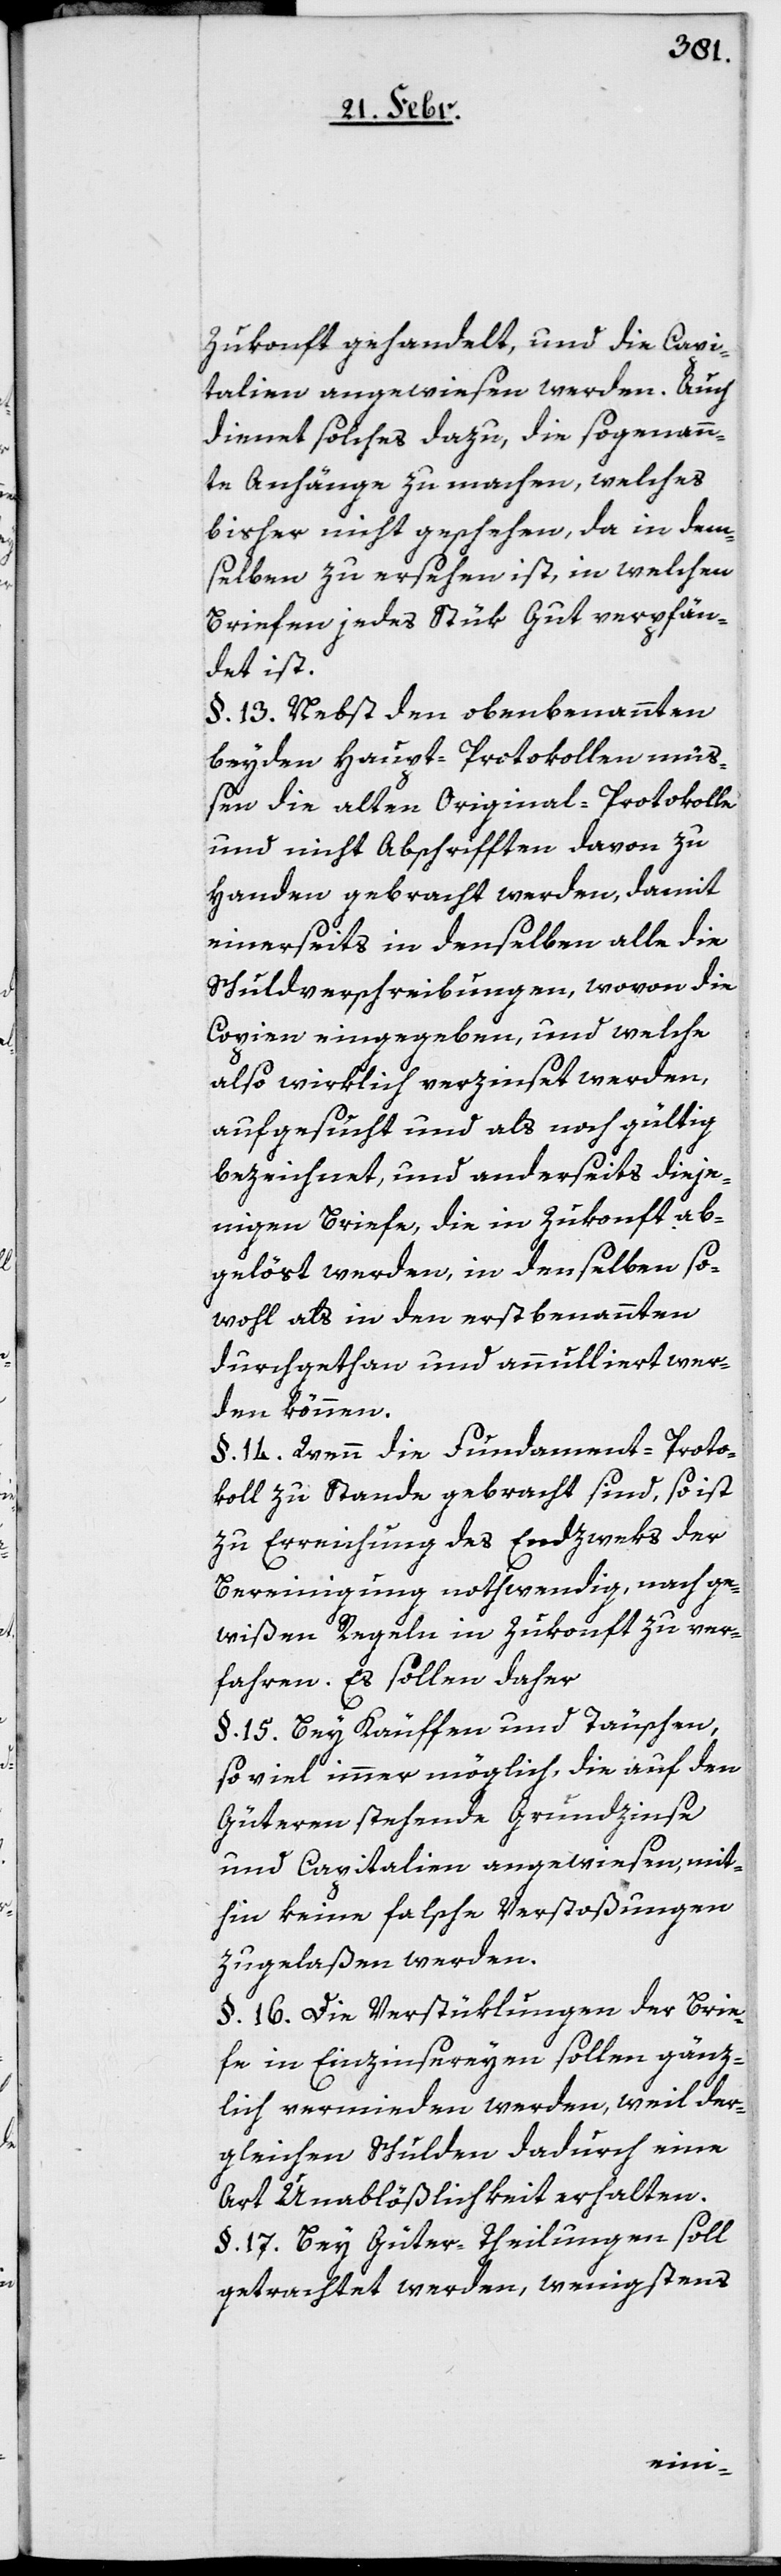
Zukonft gehandelt, und die Capi¬
talien angewiesen werden. Auch
dienet solches dazu, die sogenann¬
te Anhänge zu machen, welches
bisher nicht geschehen, da in dem¬
selben zu ersehen ist, in welchen
Briefen jedes Stük Gut verpfän¬
det ist.
§. 13. Nebst den obenbenannten
beyden Haupt-Protokollen müß¬
en die alten Original-Protokolle,
und nicht Abschrifften davon zu
Handen gebracht werden, damit
einerseits in denselben alle die
Schuldverschreibungen, wovon die
Copien eingegeben, und welche
also wirklich verzinset werden,
aufgesucht und als noch gültig
bezeichnet, und anderseits dieje¬
nigen Briefe, die in Zukonft ab¬
gelöst werden, in denselben so¬
wohl als in den erstbenannten
durchgethan und annulliert wer¬
den können.
§. 14. Wenn die Fundament-Proto¬
koll zu Stande gebracht sind, so ist
zu Erreichung des Endzweks der
Bereinigung nothwendig, nach ge¬
wißen Regeln in Zukonft zu ver¬
fahren. Es sollen daher
§. 15. Bey Käuffen und Täuschen
so viel immer möglich, die auf den
Güteren stehende Grundzinse
und Capitalien angewiesen, mit¬
hin keine falsche Verstoßungen
zugelaßen werden.
§. 16. Die Verstüklungen der Brie¬
fe in Einzinsereyen sollen gänz¬
lich vermieden werden, weil der¬
gleichen Schulden dadurch eine
Art Unablößlichkeit erhalten.
§. 17. Bey Güter-Theilungen soll
getrachtet werden, wenigstens